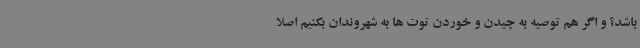
باشد؟ و اگر هم توصیه به چیدن و خوردن توت ها به شهروندان بکنیم اصلا